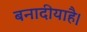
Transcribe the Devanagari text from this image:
बनादीयाहै।